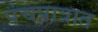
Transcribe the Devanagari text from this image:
पंचपात्रात